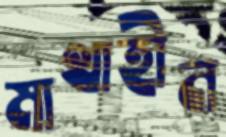
মাথাহীন